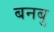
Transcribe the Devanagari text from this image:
बनबु